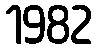
1982